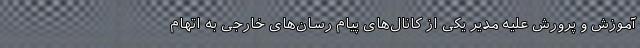
آموزش و پرورش علیه مدیر یکی از کانال‌های پیام رسان‌های خارجی به اتهام